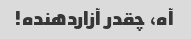
آه، چقدر آزاردهنده!